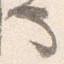
也